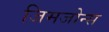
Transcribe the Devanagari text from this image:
जिमजोन्स